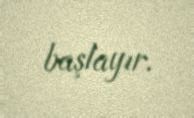
başlayır.